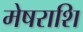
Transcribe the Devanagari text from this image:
मेषराशि